Document type: Sale
Year: 1226
Scribe: Ramon d'Om
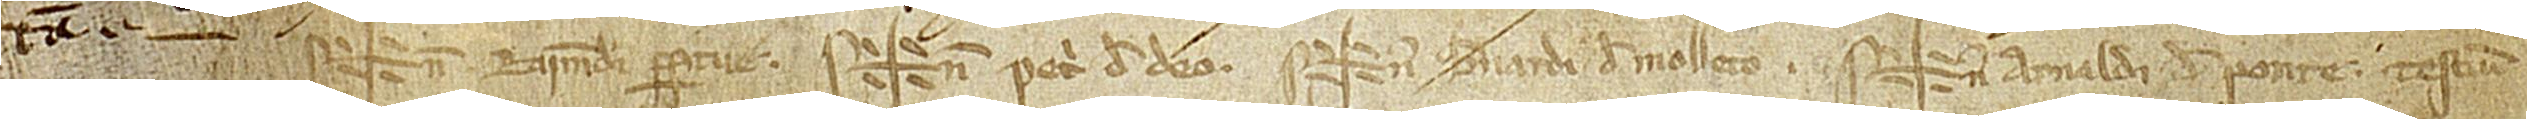
tam. Sig+num Raimundi Perpetue, Sig+nmum Petri de Deo, Sig+num Bernardi de Molleto, Sig+num Arnaldi de Ponte, testium.